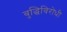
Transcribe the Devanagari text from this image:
बुद्धिविरोधी